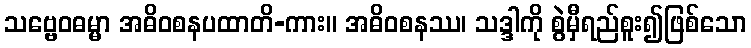
သဗ္ဗေဝဓမ္မာ အဓိဝစနပထာတိ-ကား။ အဓိဝစနဿ၊ သဒ္ဒါကို စွဲမှီရည်စူး၍ဖြစ်သော